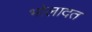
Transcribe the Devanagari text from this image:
भोलादत